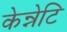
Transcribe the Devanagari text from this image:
केन्नेटि